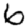
Digit: 6